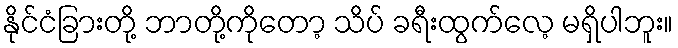
နိုင်ငံခြားတို့ ဘာတို့ကိုတော့ သိပ် ခရီးထွက်လေ့ မရှိပါဘူး။